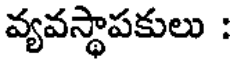
వ్యవస్థాపకులు :